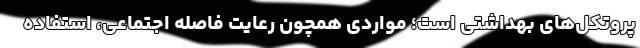
پروتکل‌های بهداشتی است؛ مواردی همچون رعایت فاصله اجتماعی، استفاده